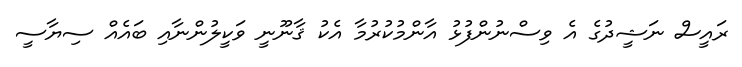
ރައީސް ނަޝީދުގެ އެ ވިސްނުންފުޅު އާންމުކުރުމާ އެކު ޤާނޫނީ ވަކީލުންނާއި ބައެއް ސިޔާސީ